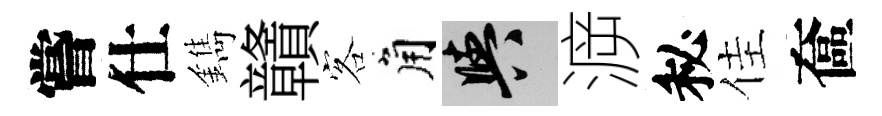
嘗仕鐫贛客角阳㴑秘佳奩